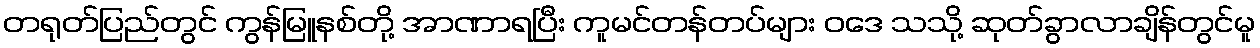
တရုတ်ပြည်တွင် ကွန်မြူနစ်တို့ အာဏာရပြီး ကူမင်တန်တပ်များ ဝဒေ သသို့ ဆုတ်ခွာလာချိန်တွင်မူ